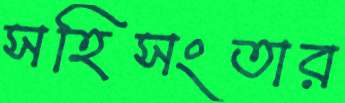
সহিসংতার